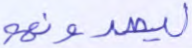
ليصدونهم